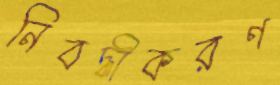
নিবদ্ধীকরণ